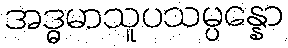
အဒ္ဓမာသူပသမ္ပန္နော